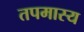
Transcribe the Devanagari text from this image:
तपमास्य